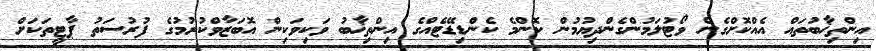
އިންތިޚާބުތައް އެއްކޮށްގެން ވޯޓުލަމުންގެންދިޔުމުން ކޮންމެ ކެންޑިޑޭޓެއްގެ އިންތިޚާބު ވަކިވަކިން އޮބަޒާވްކުރުމުގެ ފުރުސަތު ޕާޓީތަކަށް